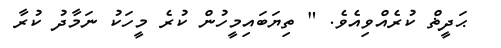
ޙަދީޡް ކުރެއްވިއެވެ. " ތިޔަބައިމީހުން ކުރެ މީހަކު ނަމާދު ކުރާ